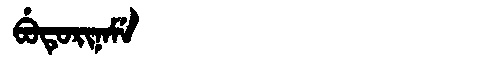
Manchu: ᠪᡠᡨᡠᡵᡳᠨᠠᠮᡝ
Romanization: BUTURINAME